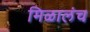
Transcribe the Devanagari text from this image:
मिळालंच